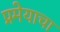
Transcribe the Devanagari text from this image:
प्रमेयाचा